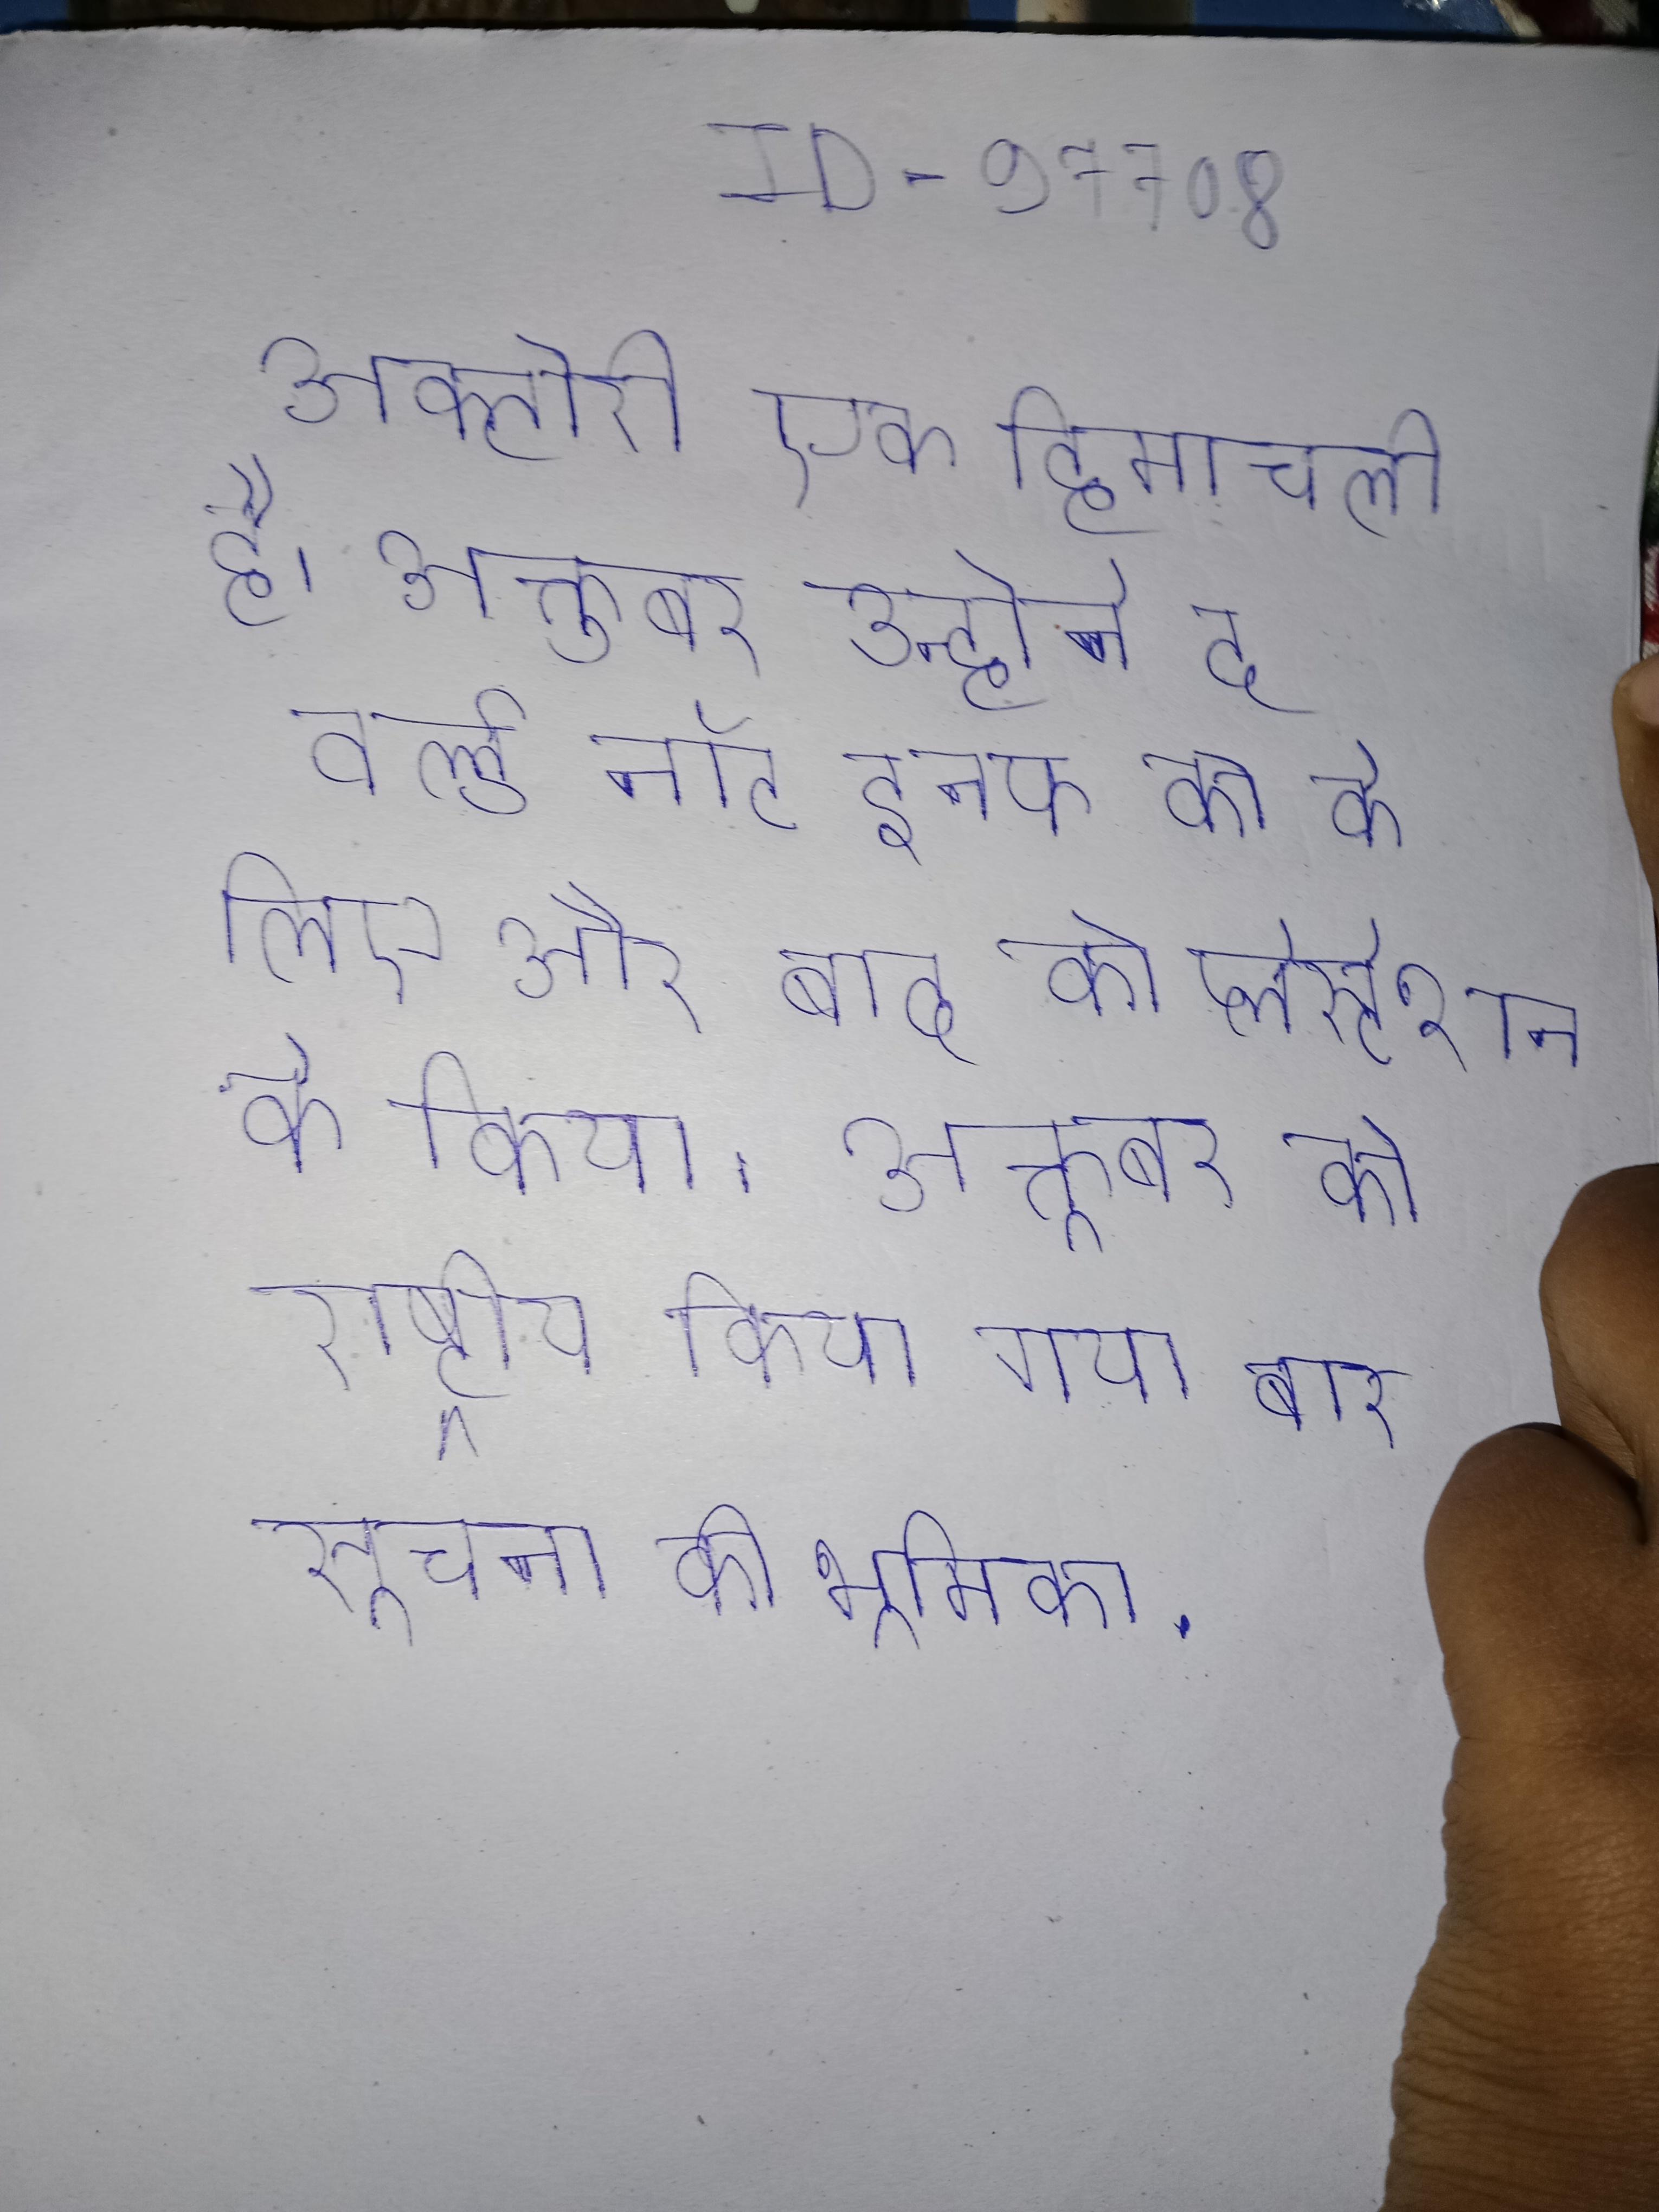
अक्टोरी एक हिमाचली है । अक्तुबर उन्होने द वर्ल्ड नॉट इनफ को के लिए और बाद को प्लेस्टेशन के लिए नवम्बर को किया । अक्तूबर को राष्ट्रीय भूस्थानिक एजेन्सी की ओर से यूएसजीएस द्वारा चार्टर सक्रिय किया गया ताकि पहली बार महामारी से रोगविज्ञान अन्तरिक्ष सूचना की भूमिका .